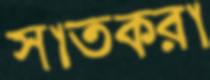
সাতকরা